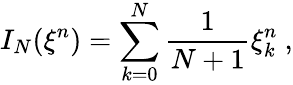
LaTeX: I_{N}({\xi}^{n})=\sum_{k=0}^{N}\frac{1}{N+1}{\xi}_{k}^{n}\ ,